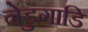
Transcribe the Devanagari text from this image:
नेडुंगाडि